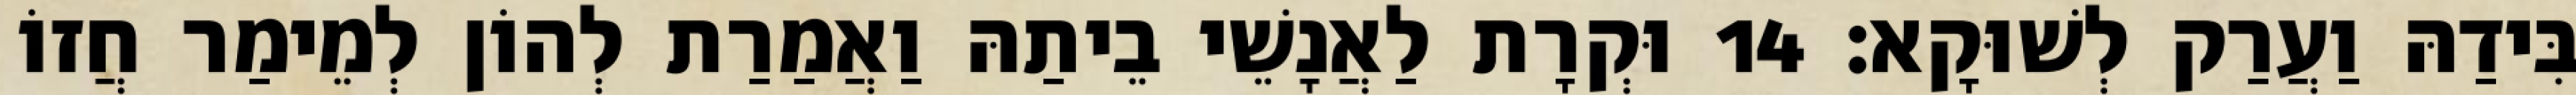
בִּידַהּ וַעֲרַק לְשׁוּקָא׃ 14 וּקְרָת לַאֲנָשֵׁי בֵיתַהּ וַאֲמַרַת לְהוֹן לְמֵימַר חֲזוֹ